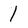
Character: 1